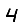
Digit: 4